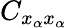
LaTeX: C_{x_{\alpha}x_{\alpha}}